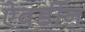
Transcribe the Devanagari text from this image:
ऐबर्डीन